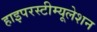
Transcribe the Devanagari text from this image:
हाइपरस्टीम्यूलेशन